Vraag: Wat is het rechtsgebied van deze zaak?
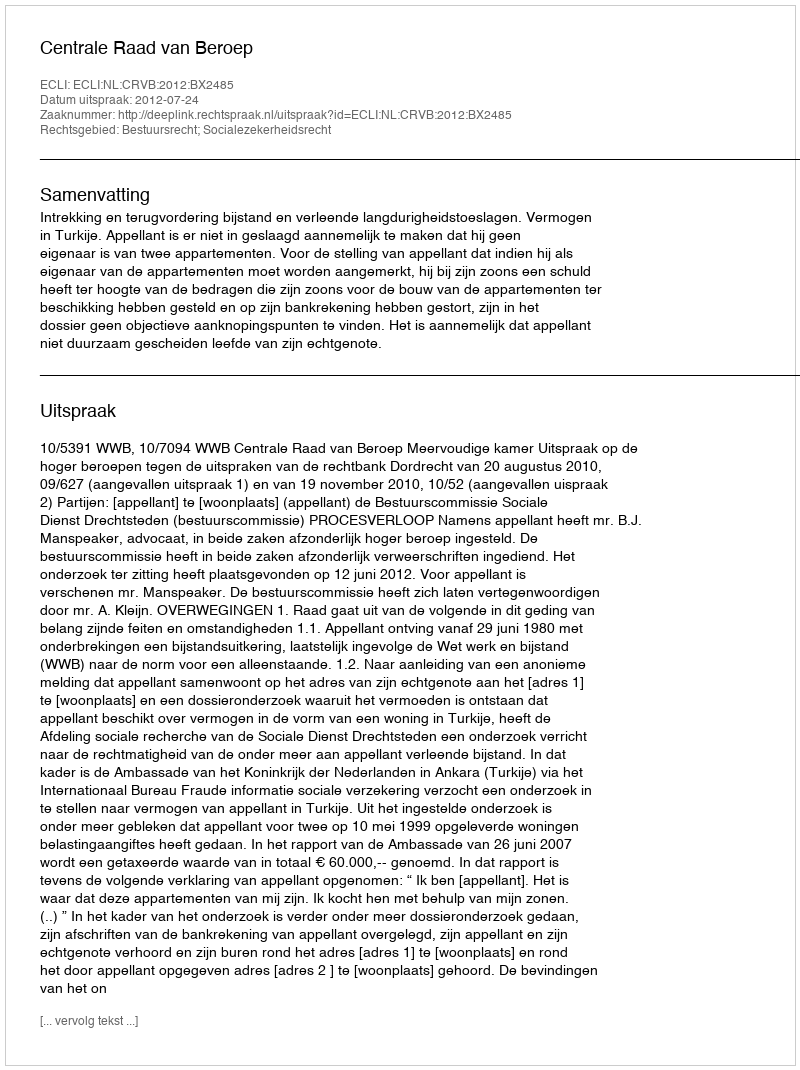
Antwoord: Bestuursrecht; Socialezekerheidsrecht